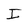
Character: I